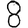
Digit: 8